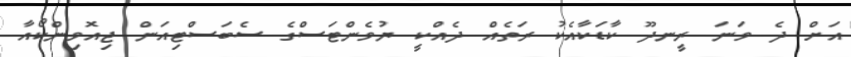
އަށް ދެ ވަނަ ރީނދޫ ކާޑަކާއެކު ރަތެއް ދެއްކީ ޔުވެންޓަސްގެ ސެބަސްޓިއަން ޖިއޮވިންކޯއާ